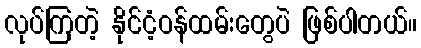
လုပ်ကြတဲ့ နိုင်ငံ့ဝန်ထမ်းတွေပဲ ဖြစ်ပါတယ်။